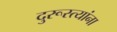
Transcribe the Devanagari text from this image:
दुरूस्त्यांना